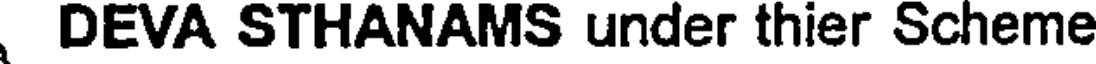
DEVA STHANAMS under thier Scheme